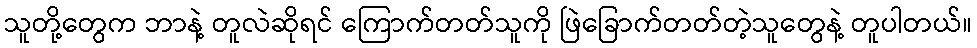
သူတို့တွေက ဘာနဲ့ တူလဲဆိုရင် ကြောက်တတ်သူကို ဖြဲခြောက်တတ်တဲ့သူတွေနဲ့ တူပါတယ်။